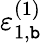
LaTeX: \varepsilon_{1,\mathtt{b}}^{(1)}